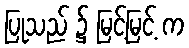
ပြုသည် ၌ မြင့်မြင့် က